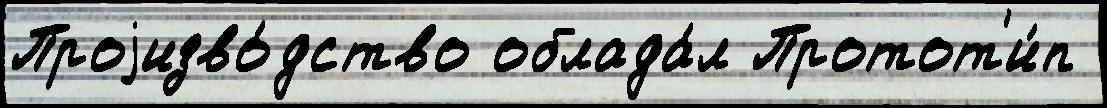
Проjизво́дство облада́л Протот'и́п